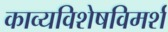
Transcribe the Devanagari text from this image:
काव्यविशेषविमर्श